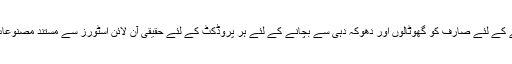
جعلی پروڈکٹ حاصل کرنے کے لئے صارف کو گھوٹالوں اور دھوکہ دہی سے بچانے کے لئے ہر پروڈکٹ کے لئے حقیقی آن لائن اسٹورز سے مستند مصنوعات کی تفصیلات دستیاب ہیں۔